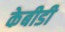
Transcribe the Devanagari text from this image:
केबीडी